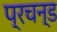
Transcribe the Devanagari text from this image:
प्रचन्ड